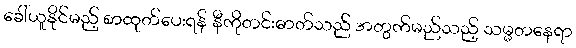
ခေါ်ယူနိုင်မည့် စာထုတ်ပေးရန် နီကိုတင်းဓာတ်သည် အတွက်မည်သည့် သမ္မတနေရာ